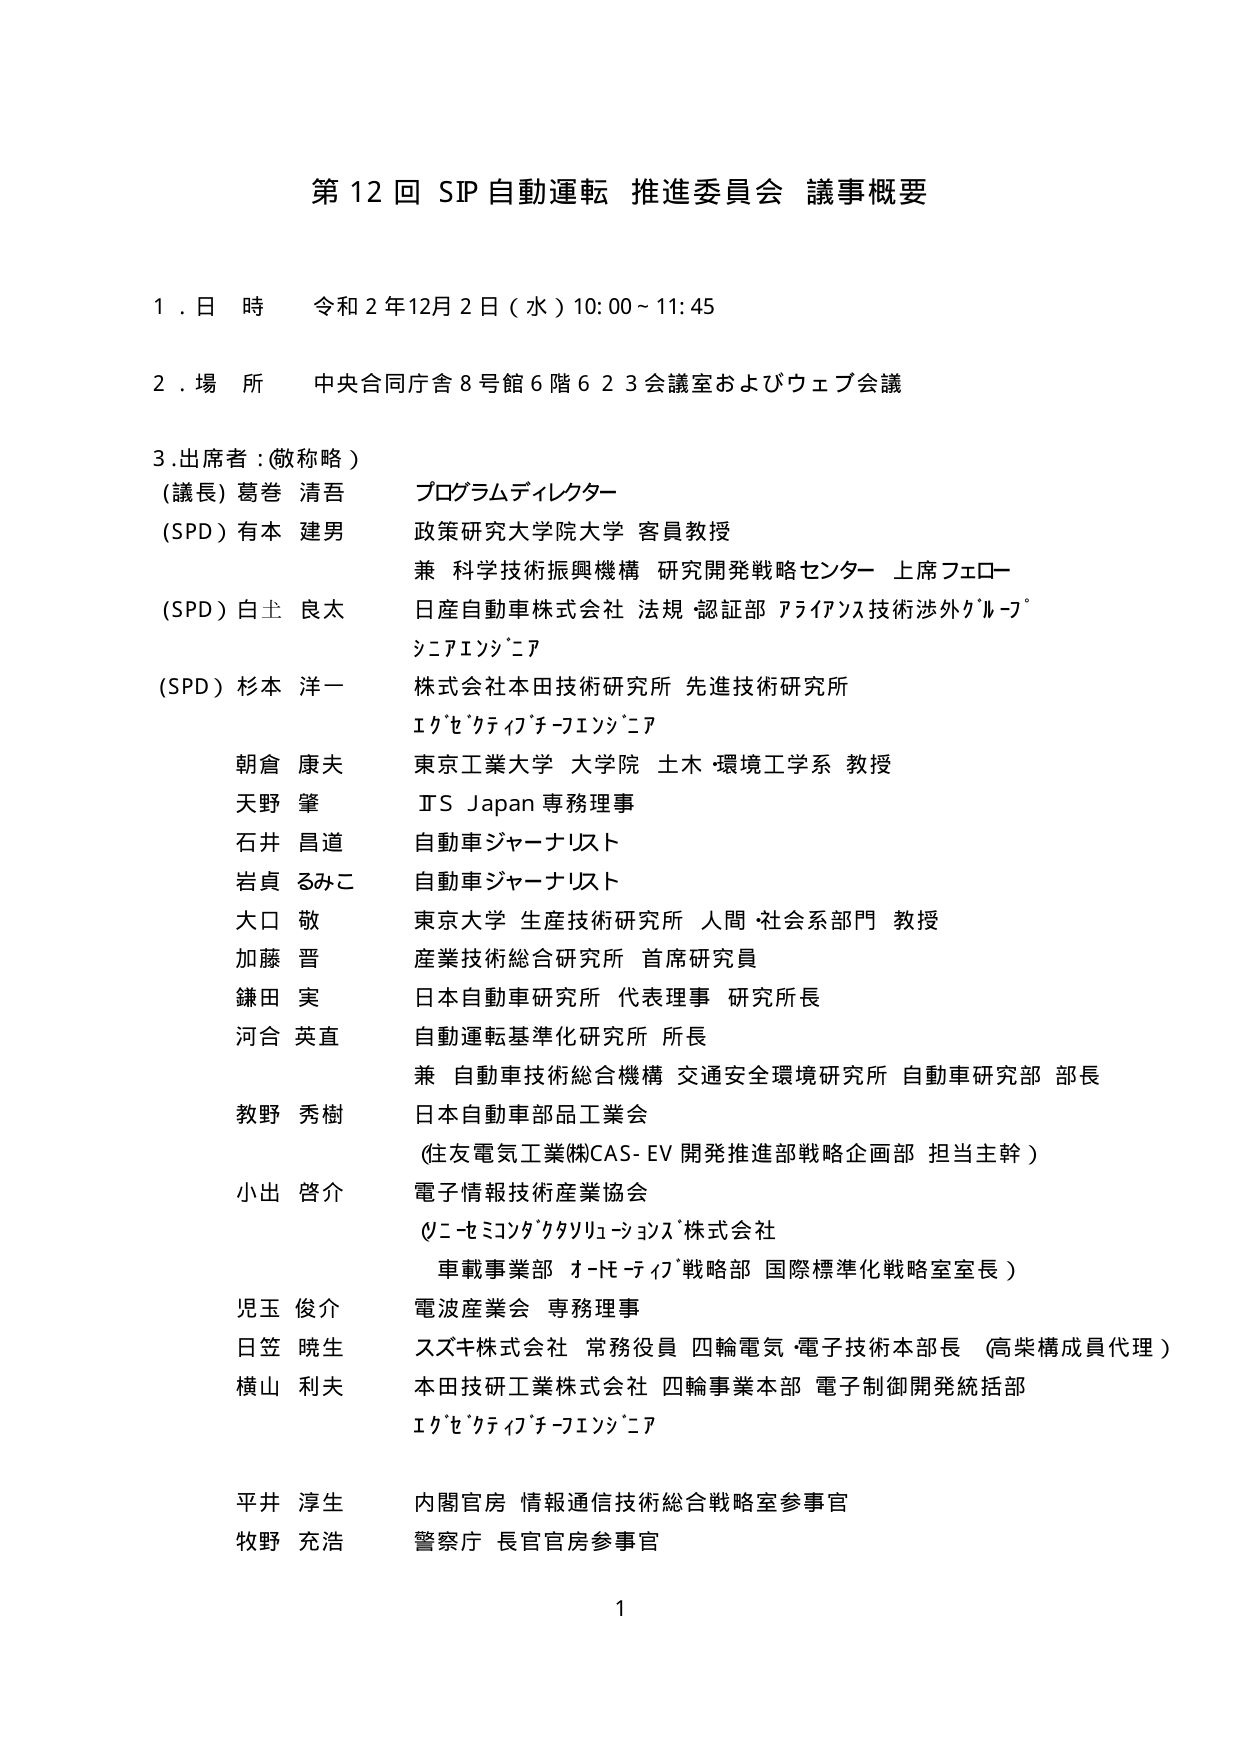
第12回 SIP自動運転 推進委員会 議事概要

1. 日時 令和2年12月2日（水）10:00～11:45

2. 場所 中央合同庁舎8号館6階623会議室およびウェブ会議

3. 出席者：（敬称略）

（議長）葛巻 清吾 プログラムディレクター
（SPD）有本 建男 政策研究大学院大学 客員教授
　　兼 科学技術振興機構 研究開発戦略センター 上席フェロー
（SPD）白土 良太 日産自動車株式会社 法規・認証部 アライアンス技術渉外グループ
　　シニアエンジニア
（SPD）杉本 洋一 株式会社本田技術研究所 先進技術研究所
　　エグゼクティブチーフエンジニア
朝倉 康夫 東京工業大学 大学院 土木・環境工学系 教授
天野 肇 JTS Japan 専務理事
石井 昌道 自動車ジャーナリスト
岩貞 るみこ 自動車ジャーナリスト
大口 敬 東京大学 生産技術研究所 人間・社会系部門 教授
加藤 晋 産業技術総合研究所 首席研究員
鎌田 実 日本自動車研究所 代表理事 研究所長
河合 英直 自動運転基準化研究所 所長
　　兼 自動車技術総合機構 交通安全環境研究所 自動車研究部 部長
教野 秀樹 日本自動車部品工業会
　　（住友電気工業㈱CAS-EV開発推進部戦略企画部 担当主幹）
小出 啓介 電子情報技術産業協会
　　（ソニーセミコンダクタソリューションズ株式会社
　　車載事業部 オートモーティブ戦略部 国際標準化戦略室室長）
児玉 俊介 電波産業会 専務理事
日笠 暁生 スズキ株式会社 常務役員 四輪電気・電子技術本部長 （高柴構成員代理）
横山 利夫 本田技研工業株式会社 四輪事業本部 電子制御開発統括部
　　エグゼクティブチーフエンジニア
平井 淳生 内閣官房 情報通信技術総合戦略室参事官
牧野 充浩 警察庁 長官官房参事官

1